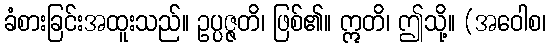
ခံစားခြင်းအထူးသည်။ ဥပ္ပဇ္ဇတိ၊ ဖြစ်၏။ ဣတိ၊ ဤသို့။ (အဝေါစ၊